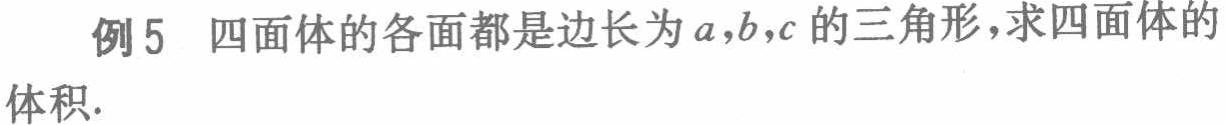
例5 四面体的各面都是边长为\(a,b,c\)的三角形，求四面体的体积.